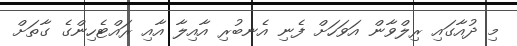
މި ދުއާގައި ރިލްވާން އަވަހަށް ފެނި އެނބުރި އާއިލާ އާއި ރައްޓެހިންގެ ގާތަށް